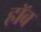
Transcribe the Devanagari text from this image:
हॉब